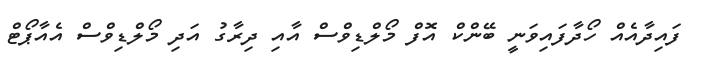
ފައިދާއެއް ހޯދާފައިވަނީ ބޭންކް އޮފް މޯލްޑިވްސް އާއި ދިރާގު އަދި މޯލްޑިވްސް އެއާޕޯޓް